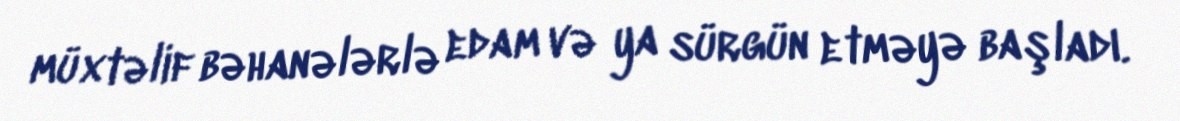
müxtəlif bəhanələrlə edam və ya sürgün etməyə başladı.